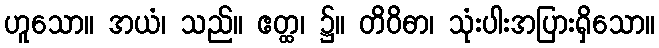
ဟူသော။ အယံ၊ သည်။ ဧတ္ထ၊ ၌။ တိဝိဓာ၊ သုံးပါးအပြားရှိသော။